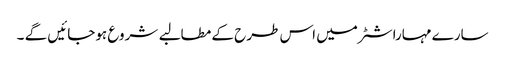
سارے مہاراشٹر میں اس طرح کے مطالبے شروع ہوجائیں گے ۔